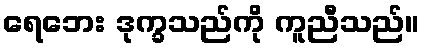
ရေဘေး ဒုက္ခသည်ကို ကူညီသည်။